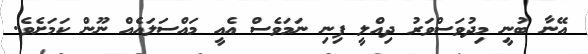
އޭނާ ބުނީ މިދުވަސްވަރު ދިއްލީ ފިނި ނަމަވެސް އެއީ މައްސަލައެއް ނޫން ކަމަށެވެ.